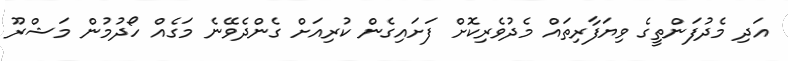
އަދި މެދުފަންތީގެ ވިޔަފާރިތައް މެދުވެރިކޮށް ފަށައިގެން ކުރިއަށް ގެންދެވޭނެ މަގެއް ހޯދުމުން މަޝްރޫ